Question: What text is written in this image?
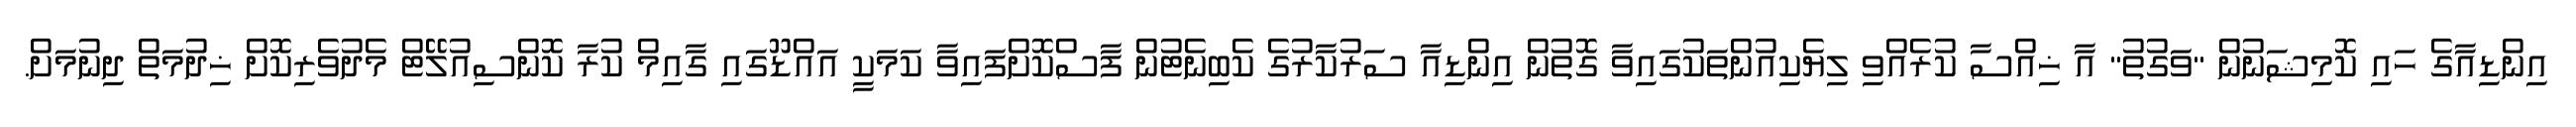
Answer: އިންޑިއާގެ ހައި ކޮމިޝަނުން "ވަގުތު" އާ ޚިއްސާ ކުރެއްވި ލިޔެކިއުންތަކުގައިވާ ގޮތުން އިންޑިއާ ސަރުކާރުގެ ކެބިނެޓުން ފާސްކޮށްފައިވާ ކަމަކީ އައްޑޫގައި ގާއިމް ކުރާ ކޮންސިއުލޭޓް މެދުވެރިކޮށް ޚިދުމަތް ދިނުމަށް.